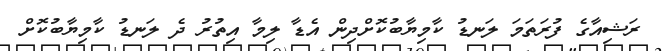
ރަޝިއާގެ ފުރަތަމަ ލަނޑު ކާމިޔާބުކޮށްދިން އެޑާ ލިމާ އިތުރު ދެ ލަނޑު ކާމިޔާބުކޮށް